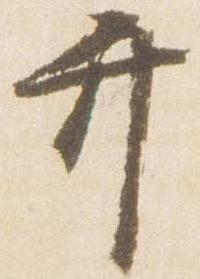
弁